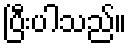
ပြီးပါသည်။